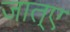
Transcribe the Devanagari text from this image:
जात्ए